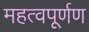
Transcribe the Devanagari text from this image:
महत्वपूर्णण